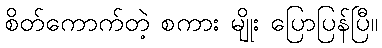
စိတ်ကောက်တဲ့ စကား မျိုး ပြောပြန်ပြီ။